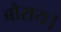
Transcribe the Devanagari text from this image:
बौराय।